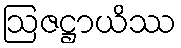
ဩဇဋ္ဌာယိဿ